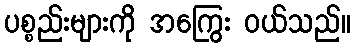
ပစ္စည်းများကို အကြွေး ဝယ်သည်။